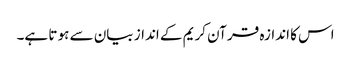
اس کا اندازہ قر آن کریم کے انداز بیان سے ہو تا ہے۔